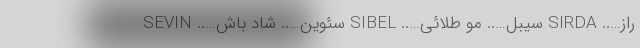
راز….. SIRDA سیبل….. مو طلائی….. SIBEL سئوین….. شاد باش….. SEVIN